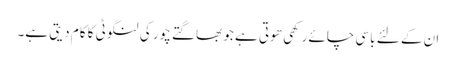
ان کے لئے باسی چائے رکھی ھوتی ہے جو بھاگتے چور کی لنگوٹی کا کام دیتی ہے۔